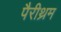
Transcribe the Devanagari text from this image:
पैरीथ्रम